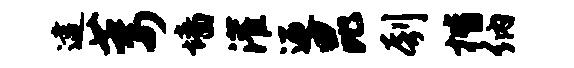
逮萎墙灌迎昆刳楷纳